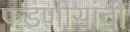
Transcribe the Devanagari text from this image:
फडणीसांची